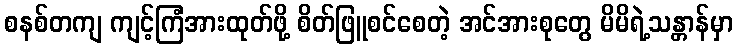
စနစ်တကျ ကျင့်ကြံအားထုတ်ဖို့ စိတ်ဖြူစင်စေတဲ့ အင်အားစုတွေ မိမိရဲ့သန္တာန်မှာ